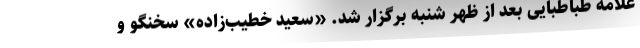
علامه طباطبایی بعد از ظهر شنبه برگزار شد. «سعید خطیب‌زاده» سخنگو و